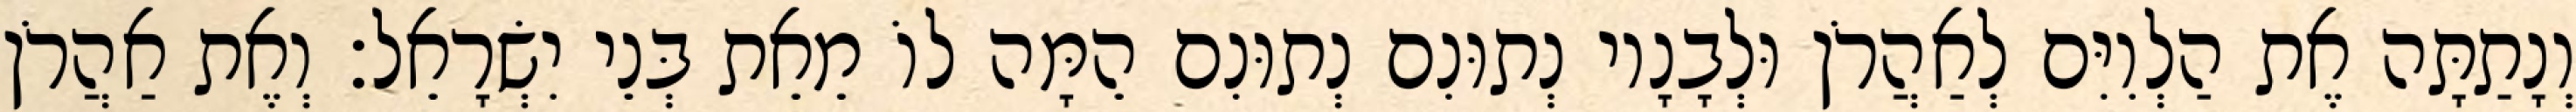
וְנָתַתָּה אֶת הַלְוִיִּם לְאַהֲרֹן וּלְבָנָיו נְתוּנִם נְתוּנִם הֵמָּה לוֹ מֵאֵת בְּנֵי יִשְׂרָאֵל׃ וְאֶת אַהֲרֹן